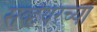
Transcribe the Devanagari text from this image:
सर्व्हेयरच्या